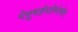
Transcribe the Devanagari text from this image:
येसूबाईसाहेबदेखील